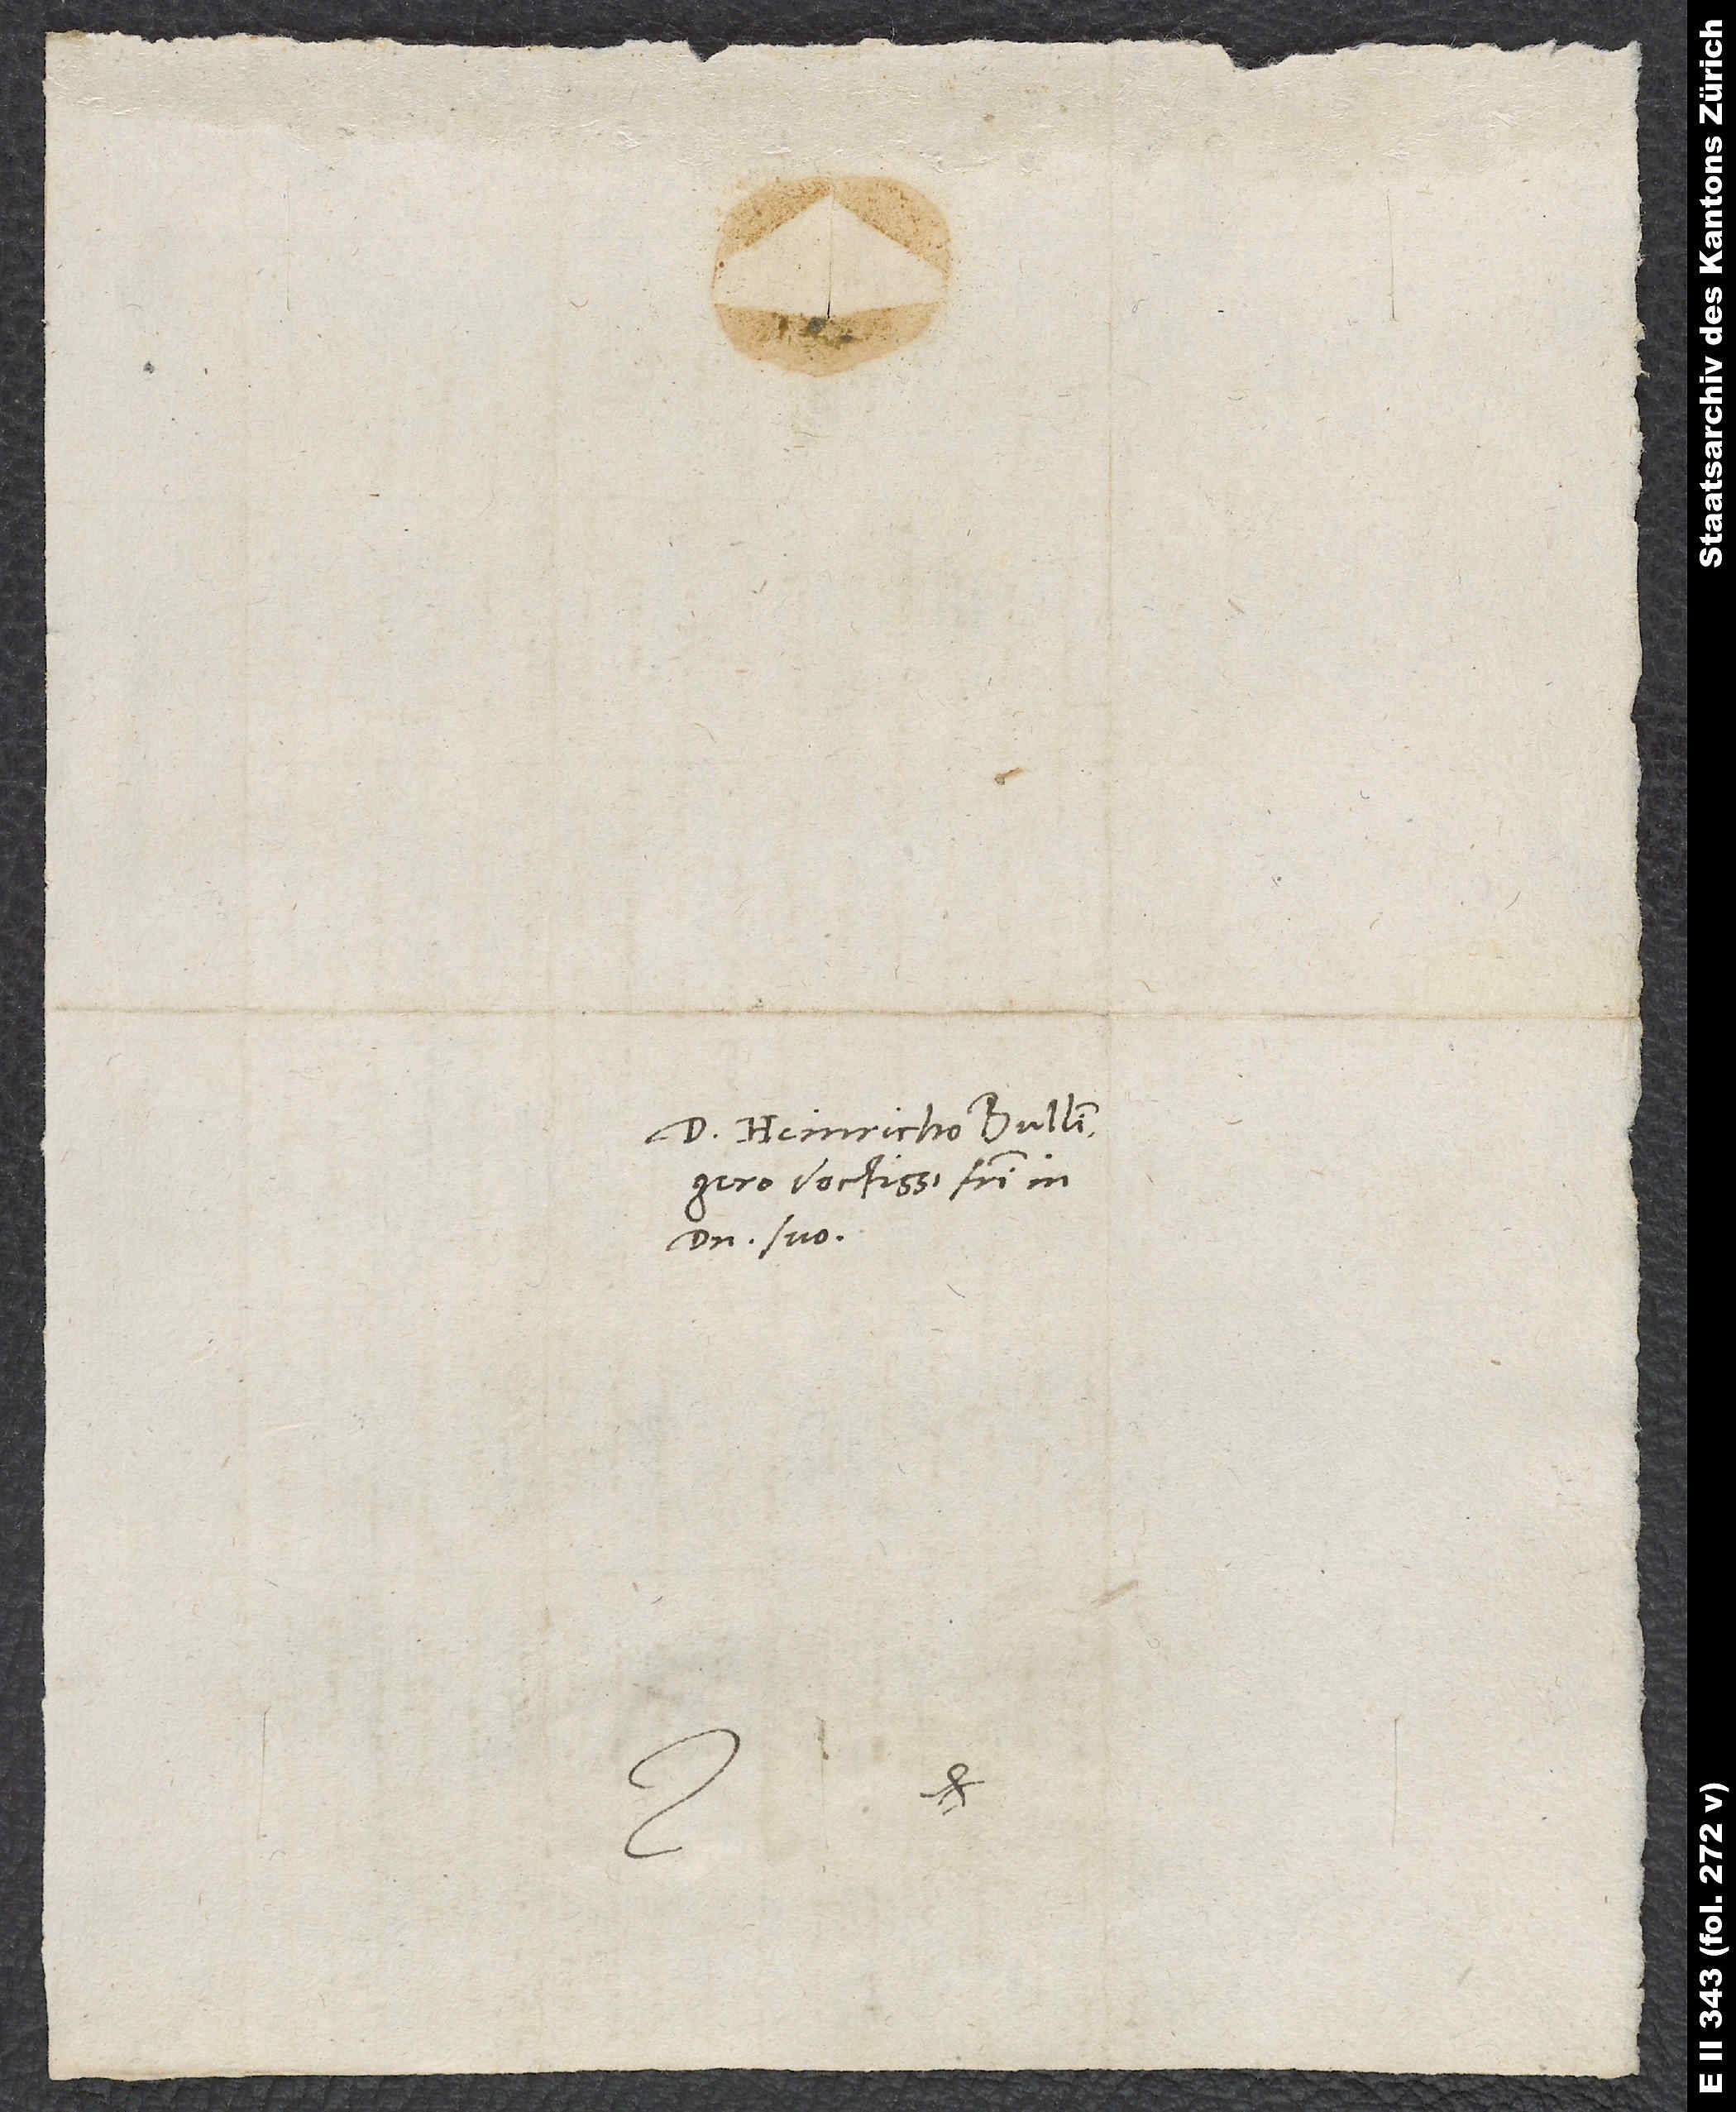
D. Heinricho Bullingero
doctissimo, fratri in
domino suo.
S.